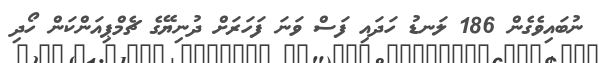
ނުބައިވެގެން 186 ލަނޑު ހަދައި ފަސް ވަނަ ފަަހަރަށް ދުނިޔޭގެ ޗެމްޕިއަންކަން ހޯދި